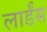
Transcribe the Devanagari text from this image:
लार्डंस